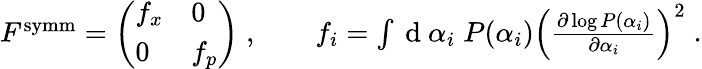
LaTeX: \begin{array}{r}{F^{\mathrm{symm}}=\left(\begin{array}{ll}{f_{x}}&{0}\\ {0}&{f_{p}}\end{array}\right)\; ,\qquad f_{i}=\int\mathrm{~d~}\alpha_{i}\; P(\alpha_{i})\left(\frac{\partial\log P(\alpha_{i})}{\partial\alpha_{i}}\right)^{2}\; .}\end{array}